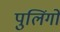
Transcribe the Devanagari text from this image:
पुलिंगों